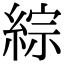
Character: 綜